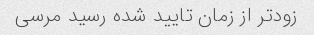
زودتر از زمان تایید شده رسید مرسی